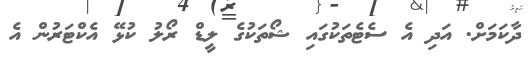
ދާކަމަށް. އަދި އެ ސެޓެތަކުގައި ޝޯތަކުގެ ލީޑް ރޯލު ކުޅޭ އެކްޓަރުން އެ